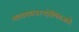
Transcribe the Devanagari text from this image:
मलयपवनान्दोलितजले